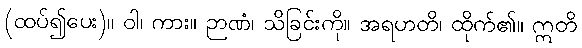
(ထပ်၍ပေး)။ ဝါ၊ ကား။ ဉာဏံ၊ သိခြင်းကို။ အရဟတိ၊ ထိုက်၏။ ဣတိ